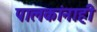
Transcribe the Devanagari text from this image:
पालकांनाही